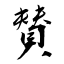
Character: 賛